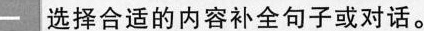
一 选择合适的内容补全句子或对话。